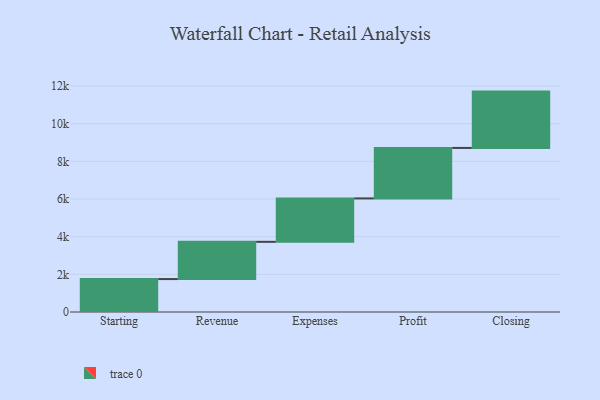
{"axis": {"x": "Step", "y": "Value"}, "legend": [""], "data": [{"x": "Starting", "y": 1749.0, "type": ""}, {"x": "Revenue", "y": 1978.0, "type": ""}, {"x": "Expenses", "y": 2306.0, "type": ""}, {"x": "Profit", "y": 2681.0, "type": ""}, {"x": "Closing", "y": 2992.0, "type": ""}]}